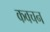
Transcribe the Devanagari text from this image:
कवचन